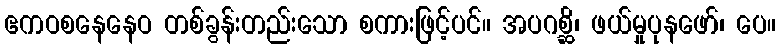
ဧကဝစနေနေဝ တစ်ခွန်းတည်းသော စကားဖြင့်ပင်။ အပဂစ္ဆိ၊ ဖယ်မှုပုနဖော်၊ ပေ။